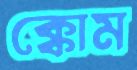
ক্কোম